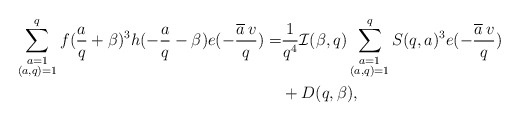
\begin{align*}\sum_{\substack{a=1\\ (a,q)=1}}^qf(\frac{a}{q}+\beta)^3h(-\frac{a}{q}-\beta)e(-\frac{\overline{a}\,v}{q})=&\frac{1}{q^4}\mathcal{I}(\beta,q)\sum_{\substack{a=1\\(a,q)=1}}^qS(q,a)^3e(-\frac{\overline{a}\,v}{q})\\&+D(q,\beta),\end{align*}